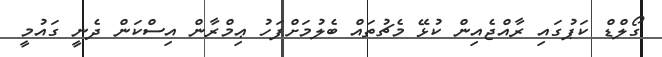
ގޯލްޑް ކަޕުގައި ރާއްޖެއިން ކުޅޭ މެޗުތައް ބެލުމަށްފަހު ޢިމްރާން އިސްކަން ދެނީ ގައުމީ